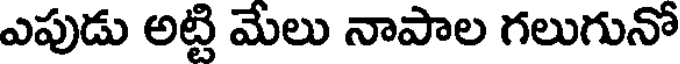
ఎపుడు అట్టి మేలు నాపాల గలుగునో